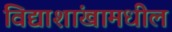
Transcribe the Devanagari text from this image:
विद्याशांखामधील